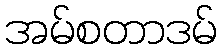
အမ်စတာဒမ်